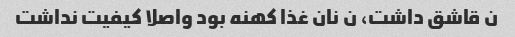
ن قاشق داشت، ن نان غذا کهنه بود واصلا کیفیت نداشت